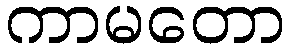
ကာမတော